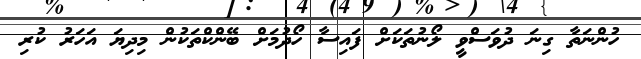
ހުންނަތާ ގިނަ ދުވަސްވީ ލޯނުތަކަށް ފައިސާ ހޯދުމަށް ބޭންކްތަކުން މިދިޔަ އަހަރު ކުރި